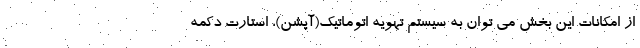
از امکانات این بخش می توان به سیستم تهویه اتوماتیک(آپشن)، استارت دکمه